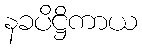
နခပိဋ္ဌိကာယ